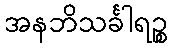
အနဘိသင်္ခါရဉ္စ